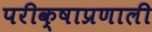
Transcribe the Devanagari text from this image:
परीक्षाप्रणाली